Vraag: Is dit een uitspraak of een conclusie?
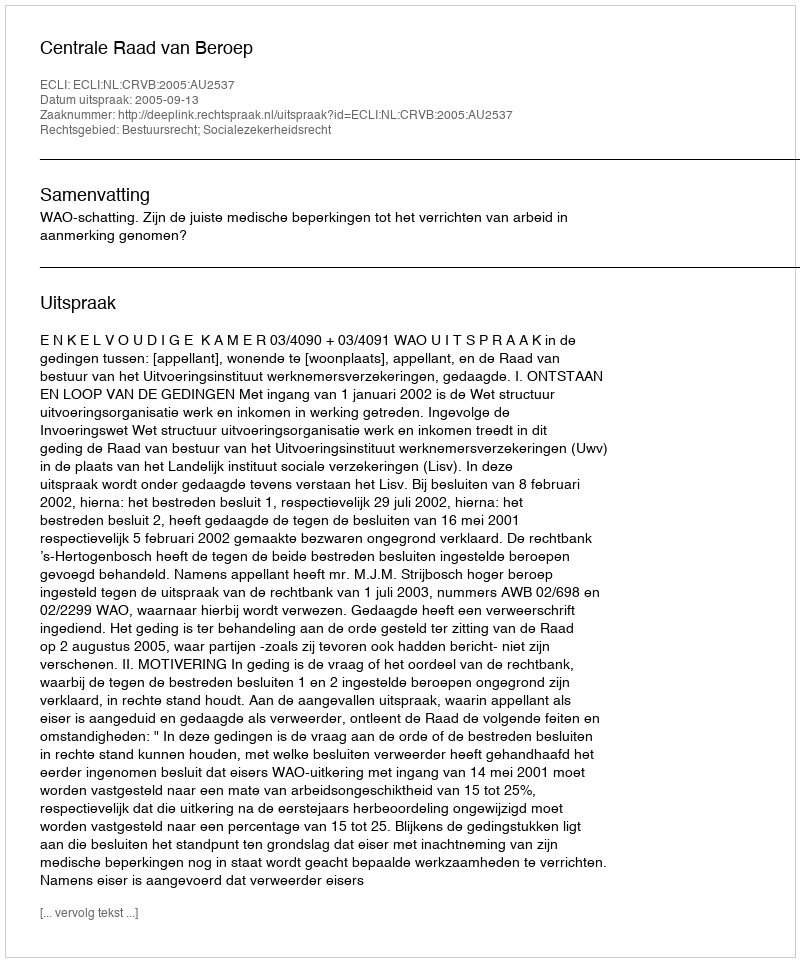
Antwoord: Uitspraak